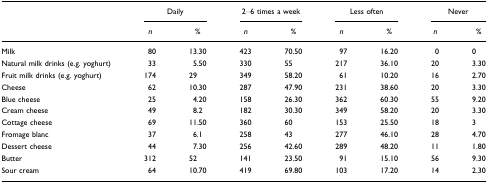
<table><thead><tr><td></td><td colspan="2"><b>Daily</b></td><td colspan="2"><b>2–6 times a week</b></td><td colspan="2"><b>Less often</b></td><td colspan="2"><b>Never</b></td></tr><tr><td></td><td><b><i>n</i></b></td><td><b>%</b></td><td><b><i>n</i></b></td><td><b>%</b></td><td><b><i>n</i></b></td><td><b>%</b></td><td><b><i>n</i></b></td><td><b>%</b></td></tr></thead><tbody><tr><td>Milk</td><td>80</td><td>13.30</td><td>423</td><td>70.50</td><td>97</td><td>16.20</td><td>0</td><td>0</td></tr><tr><td>Natural milk drinks (e.g. yoghurt)</td><td>33</td><td>5.50</td><td>330</td><td>55</td><td>217</td><td>36.10</td><td>20</td><td>3.30</td></tr><tr><td>Fruit milk drinks (e.g. yoghurt)</td><td>174</td><td>29</td><td>349</td><td>58.20</td><td>61</td><td>10.20</td><td>16</td><td>2.70</td></tr><tr><td>Cheese</td><td>62</td><td>10.30</td><td>287</td><td>47.90</td><td>231</td><td>38.60</td><td>20</td><td>3.30</td></tr><tr><td>Blue cheese</td><td>25</td><td>4.20</td><td>158</td><td>26.30</td><td>362</td><td>60.30</td><td>55</td><td>9.20</td></tr><tr><td>Cream cheese</td><td>49</td><td>8.2</td><td>182</td><td>30.30</td><td>349</td><td>58.20</td><td>20</td><td>3.30</td></tr><tr><td>Cottage cheese</td><td>69</td><td>11.50</td><td>360</td><td>60</td><td>153</td><td>25.50</td><td>18</td><td>3</td></tr><tr><td>Fromage blanc</td><td>37</td><td>6.1</td><td>258</td><td>43</td><td>277</td><td>46.10</td><td>28</td><td>4.70</td></tr><tr><td>Dessert cheese</td><td>44</td><td>7.30</td><td>256</td><td>42.60</td><td>289</td><td>48.20</td><td>11</td><td>1.80</td></tr><tr><td>Butter</td><td>312</td><td>52</td><td>141</td><td>23.50</td><td>91</td><td>15.10</td><td>56</td><td>9.30</td></tr><tr><td>Sour cream</td><td>64</td><td>10.70</td><td>419</td><td>69.80</td><td>103</td><td>17.20</td><td>14</td><td>2.30</td></tr></tbody></table>